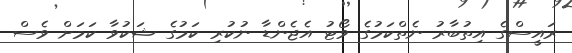
ރައީސްގެ އިތުބާރު ނެތްކަމުގެ ވޯޓު އެޖެންޑާ ނުކުރި ކަމުގެ ޝަކުވާ ކަމަށް ވެސް